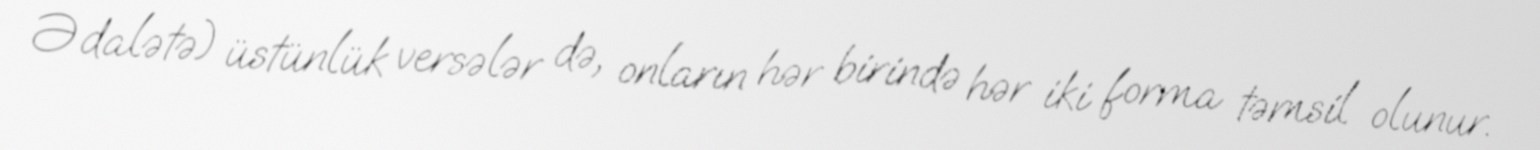
Ədalətə) üstünlük versələr də, onların hər birində hər iki forma təmsil olunur.